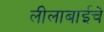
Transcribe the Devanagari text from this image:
लीलाबाईचे